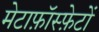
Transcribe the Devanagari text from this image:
मेटाफ़ॉस्फ़ेटों